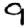
Digit: 9